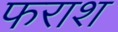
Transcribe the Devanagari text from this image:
फराश